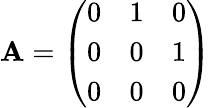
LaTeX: \mathbf{A}={\left(\begin{array}{lll}{0}&{1}&{0}\\ {0}&{0}&{1}\\ {0}&{0}&{0}\end{array}\right)}